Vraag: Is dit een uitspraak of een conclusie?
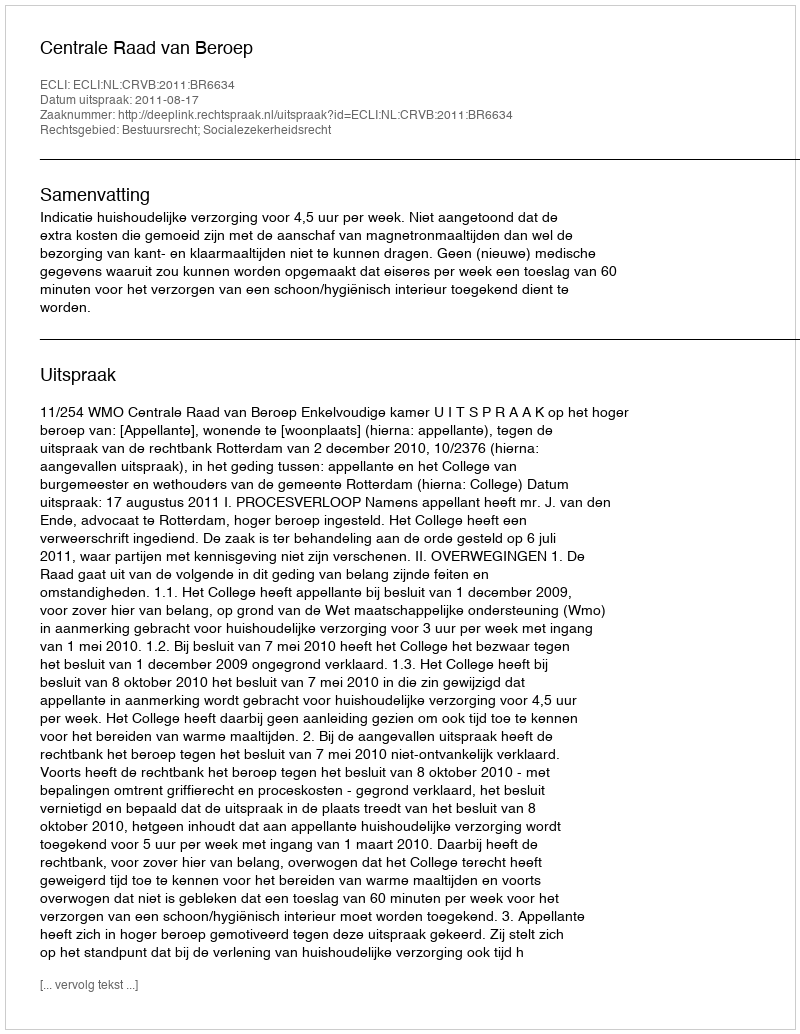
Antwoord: Uitspraak